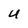
Character: U